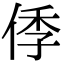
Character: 㑧